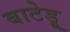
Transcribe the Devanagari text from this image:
बाटेड़ू